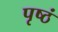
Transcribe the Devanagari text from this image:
पृष्ठं